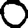
Digit: 0